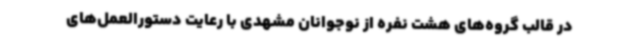
در قالب گروه‌های هشت نفره از نوجوانان مشهدی با رعایت دستورالعمل‌های